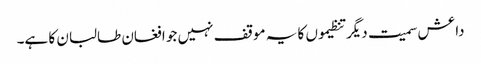
داعش سمیت دیگر تنظیموں کا یہ موقف نہیں جو افغان طالبان کا ہے۔